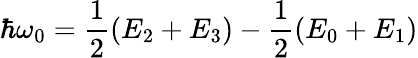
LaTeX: \hbar\omega_{0}=\frac{1}{2}(E_{2}+E_{3})-\frac{1}{2}(E_{0}+E_{1})